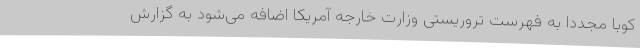
کوبا مجددا به فهرست تروریستی وزارت خارجه آمریکا اضافه می‌شود به گزارش